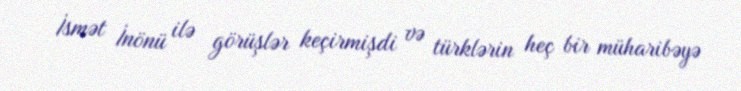
İsmət İnönü ilə görüşlər keçirmişdi və türklərin heç bir müharibəyə